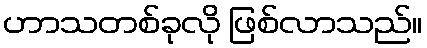
ဟာသတစ်ခုလို ဖြစ်လာသည်။